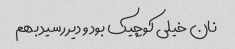
نان خیلی کوچیک بود و دیر رسید بهم